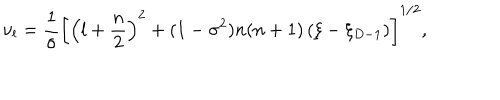
\nu _ { l } = \frac { 1 } { \sigma } \left[ \left( l + \frac { n } { 2 } \right) ^ { 2 } + ( 1 - \sigma ^ { 2 } ) n ( n + 1 ) \left( \xi - \xi _ { D - 1 } \right) \right] ^ { 1 / 2 } ,